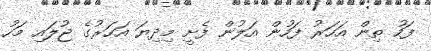
ފަހު ތިން އަހަރު ފަހުން އަލުން ފެށީ މިދިޔަ އަހަރުގެ ޖުލައި މަހު